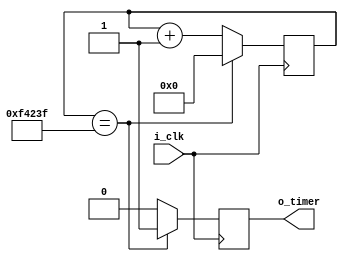
module timer (
         input      i_clk
        ,output     o_timer
    ) ;

    reg  [19:0] r_cnt = 20'd0 ;
    reg         r_timer = 1'b0 ;

    always @(posedge i_clk) begin
        r_cnt <= r_cnt + 20'd1 ;

        if (r_cnt == 20'd999999) begin
            r_timer <= 1'b1 ;
            r_cnt <= 20'd0 ;
        end else begin
            r_timer <= 1'b0 ;
        end
    end

    assign o_timer = r_timer ;

endmodule